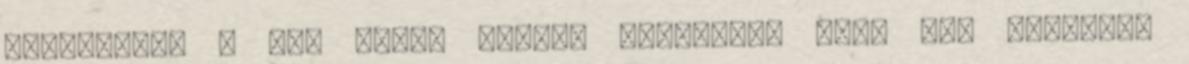
eltekintve a bal fülem alatti csomótól, mely úgy nyomott,